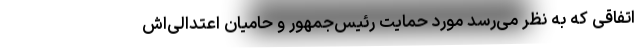
اتفاقی که به نظر می‌رسد مورد حمایت رئیس‌جمهور و حامیان اعتدالی‌اش